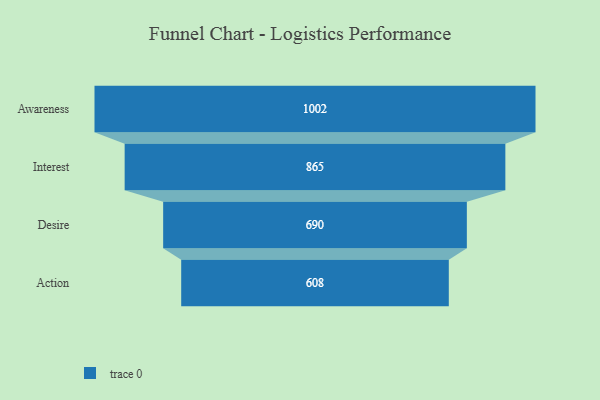
{"axis": {"x": "Stage", "y": "Value"}, "legend": [""], "data": [{"x": "Awareness", "y": 1002.0, "type": ""}, {"x": "Interest", "y": 865.0, "type": ""}, {"x": "Desire", "y": 690.0, "type": ""}, {"x": "Action", "y": 608.0, "type": ""}]}